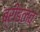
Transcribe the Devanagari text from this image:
ब्रीडलव